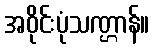
အဝိုင်းပုံသဏ္ဌာန်။